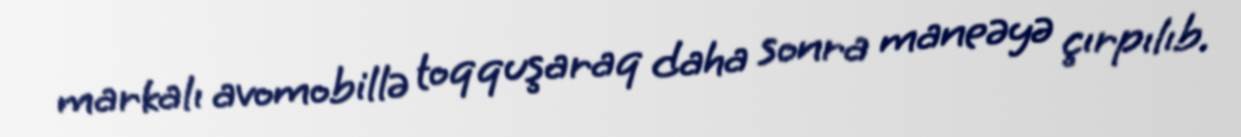
markalı avomobillə toqquşaraq daha sonra maneəyə çırpılıb.